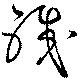
職